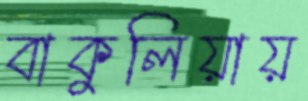
বাকুলিয়ায়